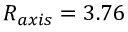
R _ { a x i s } = 3 . 7 6